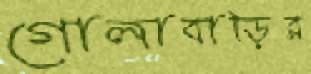
গোলাবাড়ির